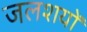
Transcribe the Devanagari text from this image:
जलशयों